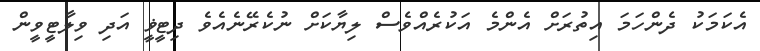
އެކަމަކު ދެންހަމަ އިތުރަށް އެންމެ އަކުރެއްވެސް ލިޔާކަށް ނުކެރޭނެއެވެ ދިޓީޥީ އަދި ވިލާޓީވީން